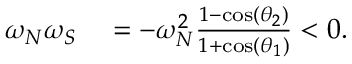
\begin{array} { r l } { \omega _ { N } \omega _ { S } } & { { } = - \omega _ { N } ^ { 2 } \frac { 1 - \cos ( \theta _ { 2 } ) } { 1 + \cos ( \theta _ { 1 } ) } < 0 . } \end{array}